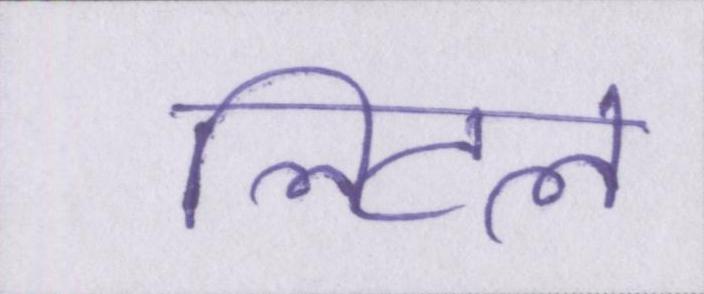
लिटल